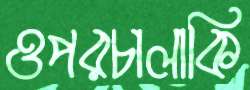
ওপরচালাকি